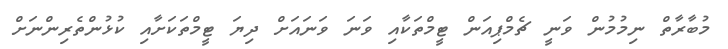
މުބާރާތް ނިމުމުން ވަނީ ޗެމްޕިއަން ޓީމްތަކާއި ވަނަ ވަނައަށް ދިޔަ ޓީމްތަކަށާއި ކުޅުންތެރިންނަށް